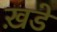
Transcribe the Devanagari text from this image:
ख़डे